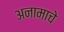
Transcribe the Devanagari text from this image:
अनामाचे